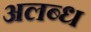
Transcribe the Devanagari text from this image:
अलब्ध